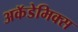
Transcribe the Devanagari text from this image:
अकॅडेमिक्स